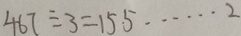
4 6 7 \div 3 = 1 5 \cdot 5 \cdots 2